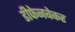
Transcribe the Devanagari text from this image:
डीफेनबेकर